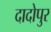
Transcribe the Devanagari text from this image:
दादोपुर